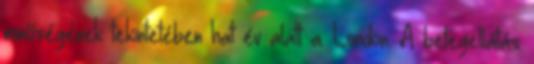
minőségének tekintetében hat év alatt a. London. A betegellátás